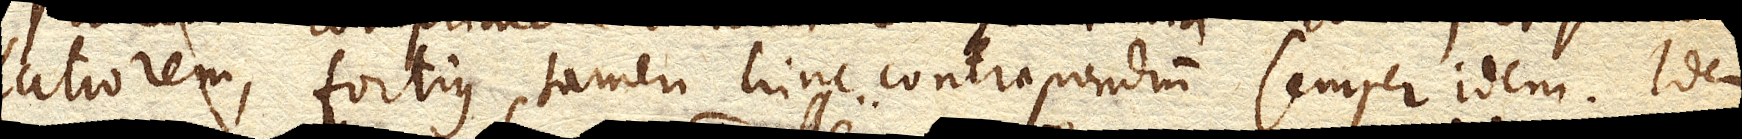
latiorem, fortius tamen hinc contrapondium semper idem. Idem